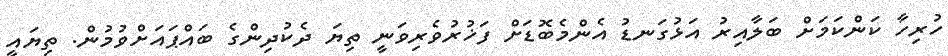
ހުރިހާ ކަންކަމަށް ބަލާއިރު އަޅުގަނޑު އެންމެބޮޑަށް ފަޚުރުވެރިވަނީ ތިޔަ ދެކުދިންގެ ބައްޕައަށްވުމުން. ތިޔައީ